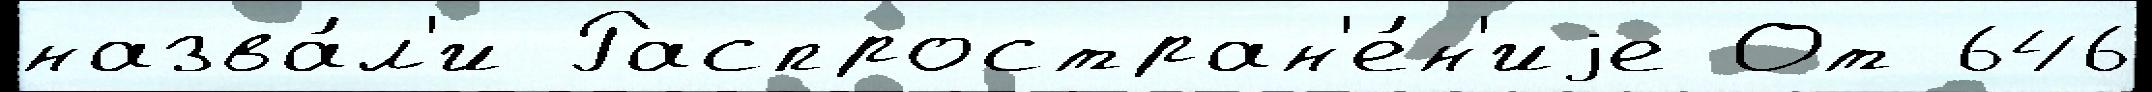
назва́л'и Распростран'е́н'иjе От 646